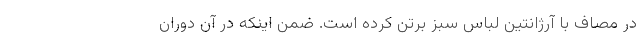
در مصاف با آرژانتین لباس سبز برتن کرده است. ضمن اینکه در آن دوران